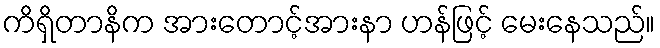
ကိရှိတာနိက အားတောင့်အားနာ ဟန်ဖြင့် မေးနေသည်။